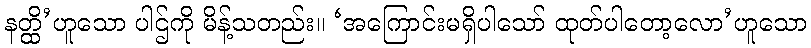
နတ္ထိ’ဟူသော ပါဌ်ကို မိန့်သတည်း။ ‘အကြောင်းမရှိပါသော် ထုတ်ပါတော့လော’ဟူသော